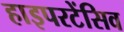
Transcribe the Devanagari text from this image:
हाइपरटेंसिव